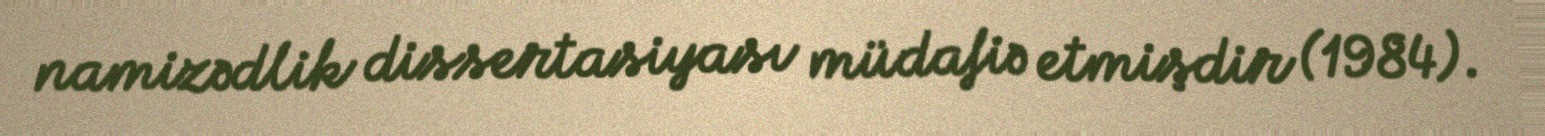
namizədlik dissertasiyası müdafiə etmişdir (1984).